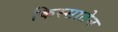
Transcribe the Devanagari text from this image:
किस्सातेन